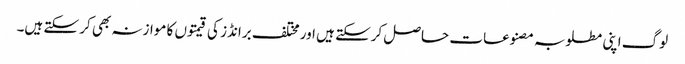
لوگ اپنی مطلوبہ مصنوعات حاصل کرسکتے ہیں اور مختلف برانڈز کی قیمتوں کا موازنہ بھی کر سکتے ہیں۔